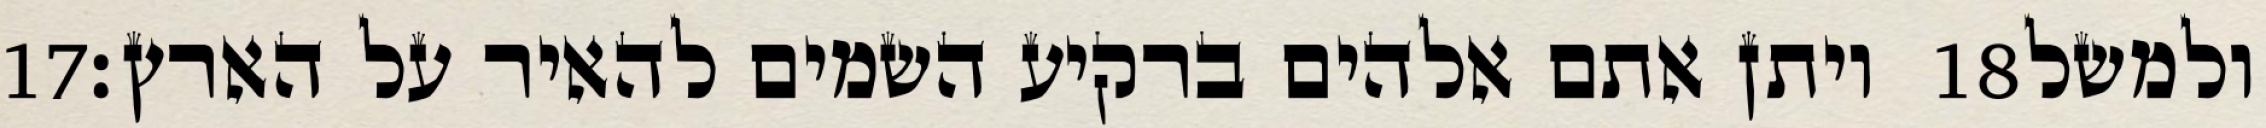
‎17‏ ויתן אתם אלהים ברקיע השמים להאיר על הארץ׃ ‎18‏ ולמשל